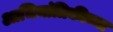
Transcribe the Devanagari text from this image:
आभियांत्रिकीच्या